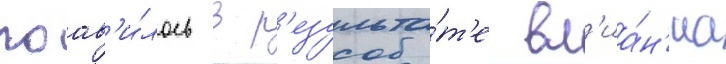
поав'и́лось в р'езульта́т'е вл'иа́н'иа